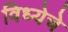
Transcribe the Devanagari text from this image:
विध्येचे